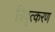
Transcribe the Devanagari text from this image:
त्रिवृत्करण